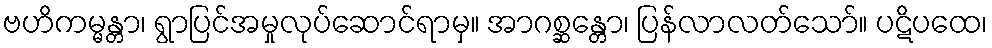
ဗဟိကမ္မန္တာ၊ ရွာပြင်အမှုလုပ်ဆောင်ရာမှ။ အာဂစ္ဆန္တော၊ ပြန်လာလတ်သော်။ ပဋိပထေ၊